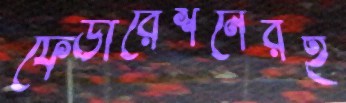
ফেডারেশনেরই